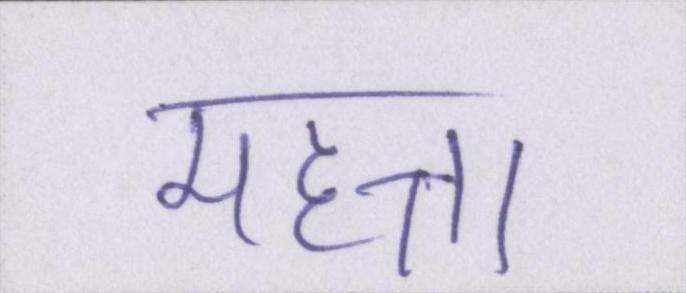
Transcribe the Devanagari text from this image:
महत्ता